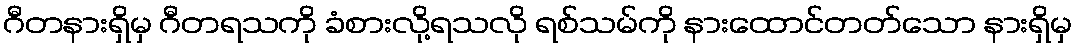
ဂီတနားရှိမှ ဂီတရသကို ခံစားလို့ရသလို ရစ်သမ်ကို နားထောင်တတ်သော နားရှိမှ